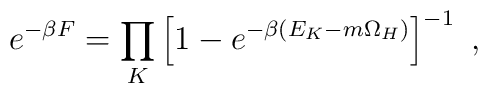
e^{-\beta F} = \prod_K                \left[ 1 - e^{-\beta(E_K-m\Omega_H)} \right]^{-1}~,